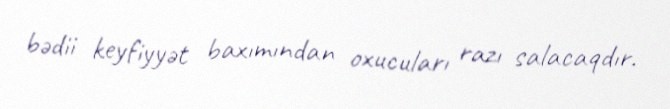
bədii keyfiyyət baxımından oxucuları razı salacaqdır.